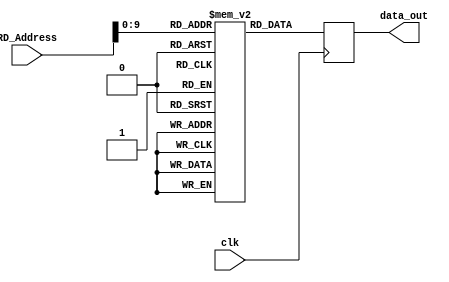
module insMem( clk,RD_Address,data_out );
input clk;
input wire [63:0] RD_Address;
output reg[31:0] data_out ;
reg [31:0]mem[1023:0];


always@(posedge clk)
  begin
   data_out =mem[RD_Address];
  end

endmodule